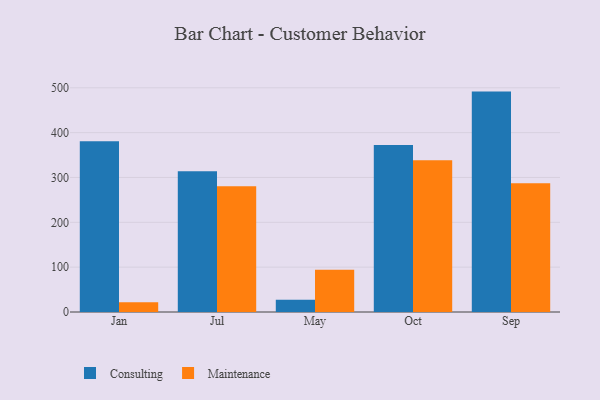
{"axis": {"x": "Month", "y": "Tickets Resolved"}, "legend": ["Consulting", "Maintenance"], "data": [{"x": "Jan", "y": 381.0, "type": "Consulting"}, {"x": "Jan", "y": 21.5, "type": "Maintenance"}, {"x": "Jul", "y": 314.1, "type": "Consulting"}, {"x": "Jul", "y": 280.5, "type": "Maintenance"}, {"x": "May", "y": 27.4, "type": "Consulting"}, {"x": "May", "y": 94.0, "type": "Maintenance"}, {"x": "Oct", "y": 372.6, "type": "Consulting"}, {"x": "Oct", "y": 338.2, "type": "Maintenance"}, {"x": "Sep", "y": 491.5, "type": "Consulting"}, {"x": "Sep", "y": 287.2, "type": "Maintenance"}]}